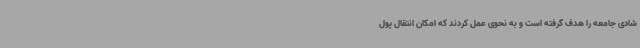
شادی جامعه را هدف گرفته است و به نحوی عمل کردند که امکان انتقال پول